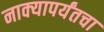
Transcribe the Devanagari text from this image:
नाक्‍यापर्यंतचा